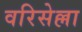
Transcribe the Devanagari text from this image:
वरिसेल्ला